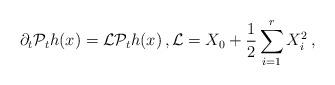
LaTeX: \begin{align*}\partial_t \mathcal P_t h(x) = \mathcal L \mathcal P_t h(x) \, , \mathcal L = X_0 + \frac12 \sum_{i = 1}^r X_i^2 \, , \, \end{align*}